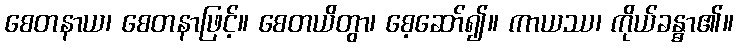
စေတနာယ၊ စေတနာဖြင့်။ စေတယိတွာ၊ စေ့ဆော်၍။ ကာယဿ၊ ကိုယ်ခန္ဓာ၏။